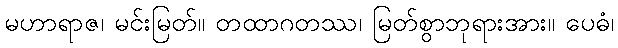
မဟာရာဇ၊ မင်းမြတ်။ တထာဂတဿ၊ မြတ်စွာဘုရားအား။ ပေဓံ၊